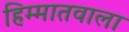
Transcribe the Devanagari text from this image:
हिम्मातवाला